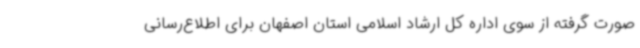
صورت گرفته از سوی اداره کل ارشاد اسلامی استان اصفهان برای اطلاع‌رسانی